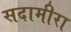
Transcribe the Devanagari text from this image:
सदामीरा